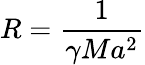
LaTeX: {R}=\frac{1}{\gamma Ma^{2}}